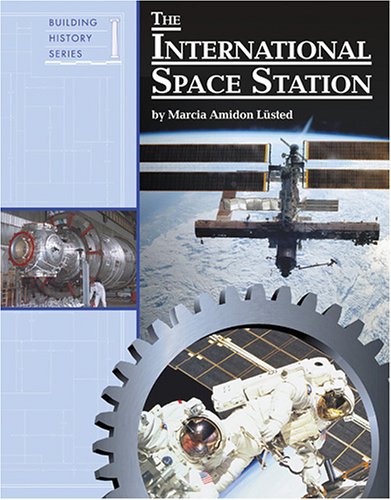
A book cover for Building History - The International Space Station; Marcia Amidon Lusted; Teen & Young Adult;